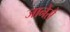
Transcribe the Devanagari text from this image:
जानेसे